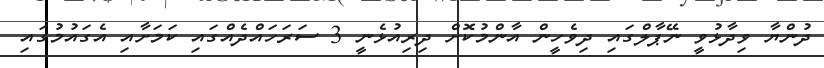
ދުންޔާ ވިދާޅުވީ ނޭޕާލްގައި ދިވެހީން އާންމުކޮށް ދިރިއުޅެނީ 3 ސަރަހައްދެއްގައި ކަމަށާއި އެގައުމުގައި